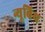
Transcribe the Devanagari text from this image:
न्यूबिथ